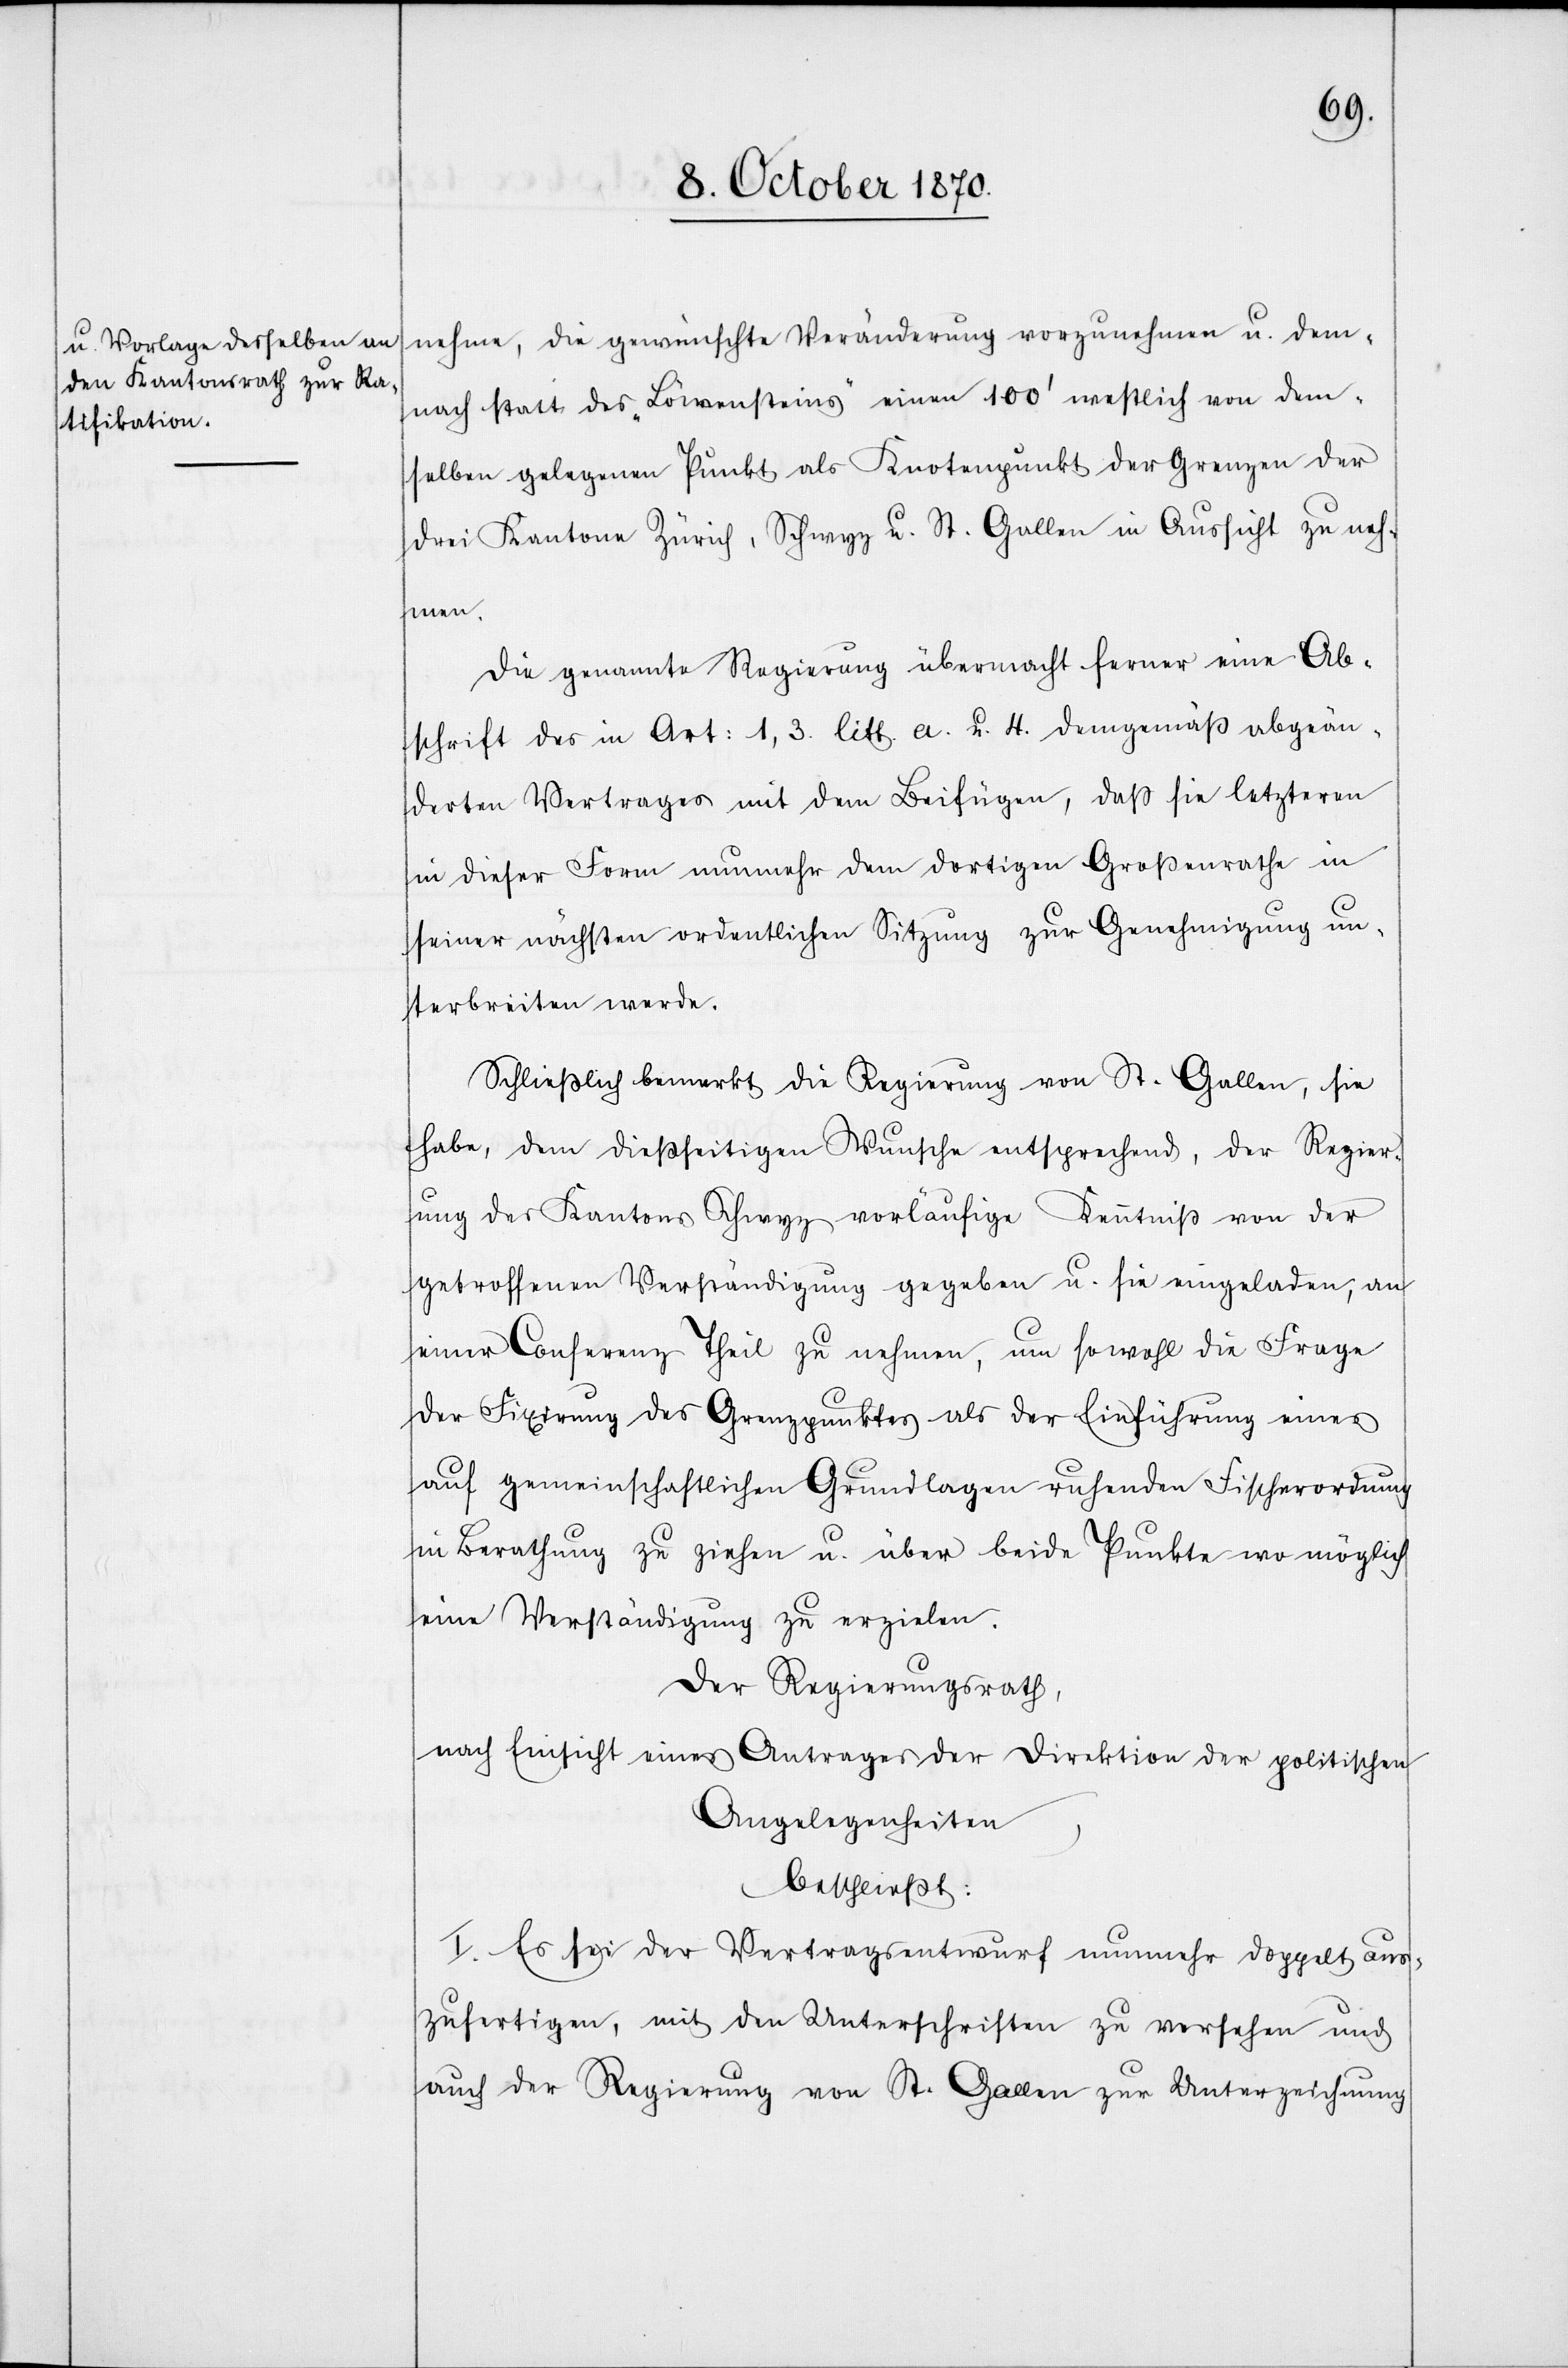
nehme, die gewünschte Veränderung vorzunehmen u. dem¬
nach statt des „Löwensteins“ einen 100’ westlich von dem¬
selben gelegenen Punkt als Knotenpunkt der Grenze der
drei Kantone Zürich, Schwyz u. St. Gallen in Aussicht zu neh¬
men.
Die genannte Regierung übermacht ferner eine Ab¬
schrift des in Art: 1,3 litt. a. u. 4. demgemäß abgeän¬
derten Vertrages mit dem Beifügen, daß sie letzteren
in dieser Form nunmehr dem dortigen Großrathe in
seiner nächsten ordentlichen Sitzung zur Genehmigung un¬
terbreiten werde.
Schließlich bemerkt die Regierung von St. Gallen, sie
habe, dem dießseitigen Wunsche entsprechend, der Regier¬
ung des Kantons Schwyz vorläufige Kenntniß von der
getroffenen Verständigung gegeben u. sie eingeladen, an
einer Conferenz Theil zu nehmen, um sowohl die Frage
der Fixirung des Grenzpunktes als Einführung einer
auf gemeinschaftlichen Grundlagen ruhenden Fischerordnung
in Berathung zu ziehen u. über beide Punkte wo möglich
eine Verständigung zu erzielen.
Der Regierungsrath,
nach Einsicht eines Antrages der Direktion der politischen
Angelegenheiten,
beschließt:
I. Es sei der Vertragsentwurf nunmehr doppelt aus¬
zufertigen, mit den Unterschriften zu versehen und
auch der Regierung von St. Gallen zur Unterzeichnung